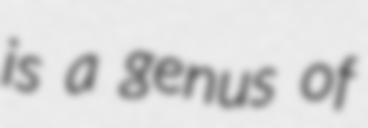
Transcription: is a genus of